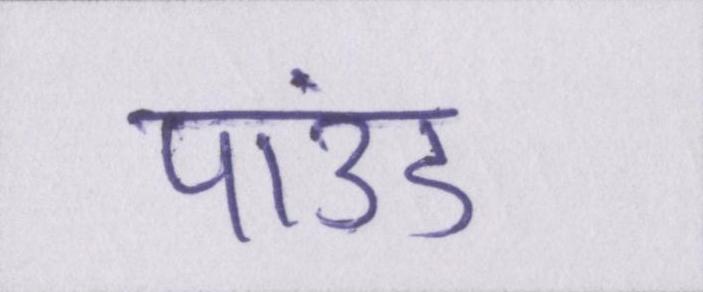
पाउंड